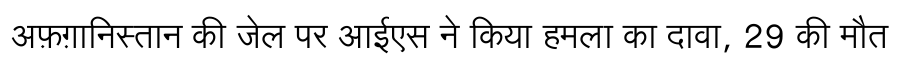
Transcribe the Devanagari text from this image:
अफ़ग़ानिस्तान की जेल पर आईएस ने किया हमला का दावा, 29 की मौत